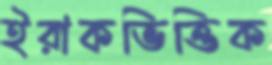
ইরাকভিত্তিক